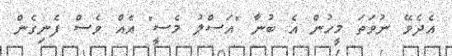
އެދެވޭ ނުވަތަ މީހުން އެ ބުނާ "އަސްލު މެސީ" އެއް ވެސް ފެނިގެން